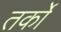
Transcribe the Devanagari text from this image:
तर्काें